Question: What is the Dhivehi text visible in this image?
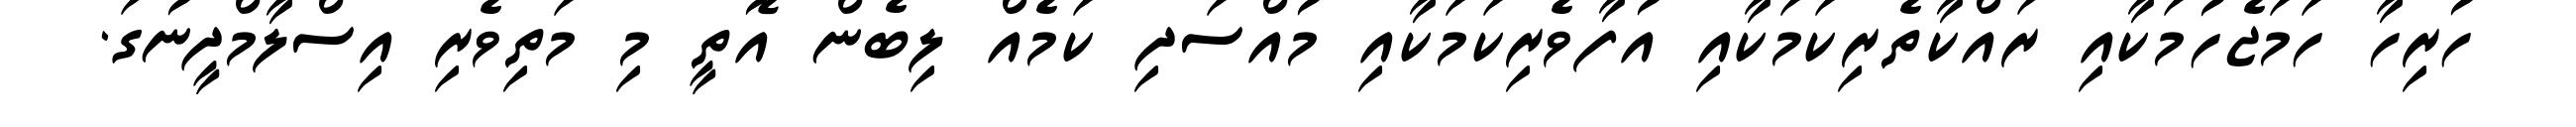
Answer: ހުރިހާ ހަމަޖެހުމަކާއި ރައްކާތެރިކަމަކާއި އުފާވެރިކަމަކާއި މުއްސަދި ކަމެއް ލިބެން އޮތީ މި މަތިވެރި އިސްލާމްދީނުގަ.